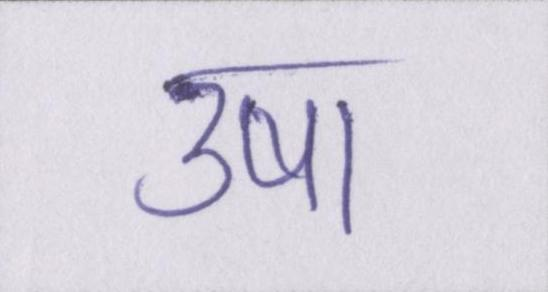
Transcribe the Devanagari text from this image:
उषा